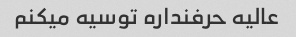
عالیه حرفنداره توسیه میکنم